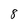
Character: 8